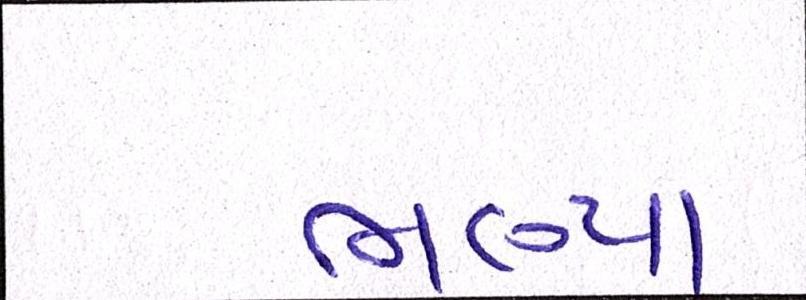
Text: ભણ્યા